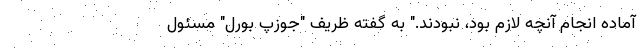
آماده انجام آنچه لازم بود، نبودند." به گفته ظریف "جوزپ بورل" مسئول